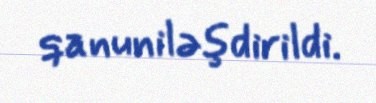
qanuniləşdirildi.